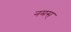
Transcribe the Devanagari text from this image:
नमस्‌